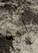
أوه